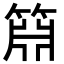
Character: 𬕝